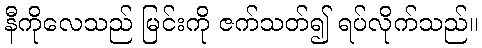
နီကိုလေသည် မြင်းကို ဇက်သတ်၍ ရပ်လိုက်သည်။